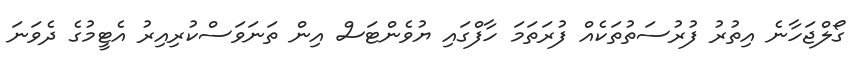
ގޯލްޖަހާނެ އިތުރު ފުރުސަތުތަކެއް ފުރަތަމަ ހާފްގައި ޔުވެންޓަސް އިން ތަނަވަސްކުރިއިރު އެޓީމުގެ ދެވަނަ